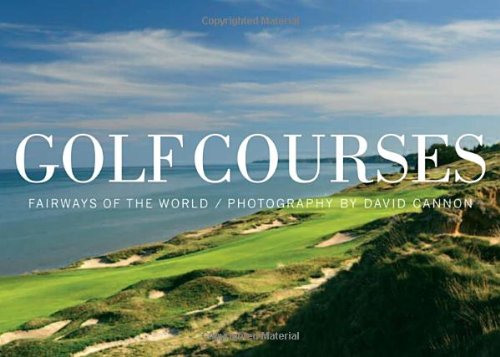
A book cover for Golf Courses: Fairways of the World; Sir Michael Bonallack; Arts & Photography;